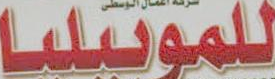
للموبيليا